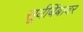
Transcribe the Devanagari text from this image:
सूर्यबिंबावर